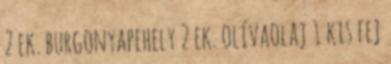
2 ek. burgonyapehely 2 ek. olívaolaj 1 kis fej